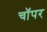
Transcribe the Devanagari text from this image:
चाॅपर